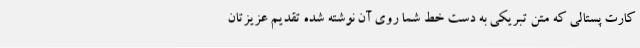
کارت پستالی که متن تبریکی به دست خط شما روی آن نوشته شده تقدیم عزیزتان